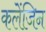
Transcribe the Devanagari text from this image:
कलेंजिन